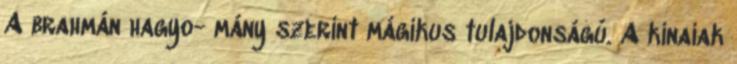
A brahmán hagyo- mány szerint mágikus tulajdonságú. A kínaiak